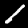
Digit: 1